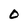
Character: 0